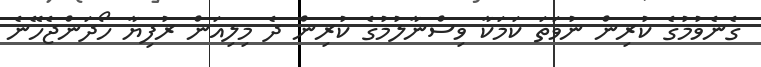
ގެނެވުމުގެ ކުރިން ނުވަތަ ކަމަކާ ވިސްނާލުމުގެ ކުރިން ދެ މިލިއަން ރުފިޔާ ހޯދަންޖެހޭނެ